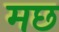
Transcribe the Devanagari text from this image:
मछ